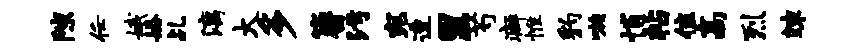
隙任娥婚乩漓大多簪污宛透里芍癖惟豹嗾悄帖隹高烈竦